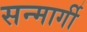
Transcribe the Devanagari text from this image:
सन्मार्गी